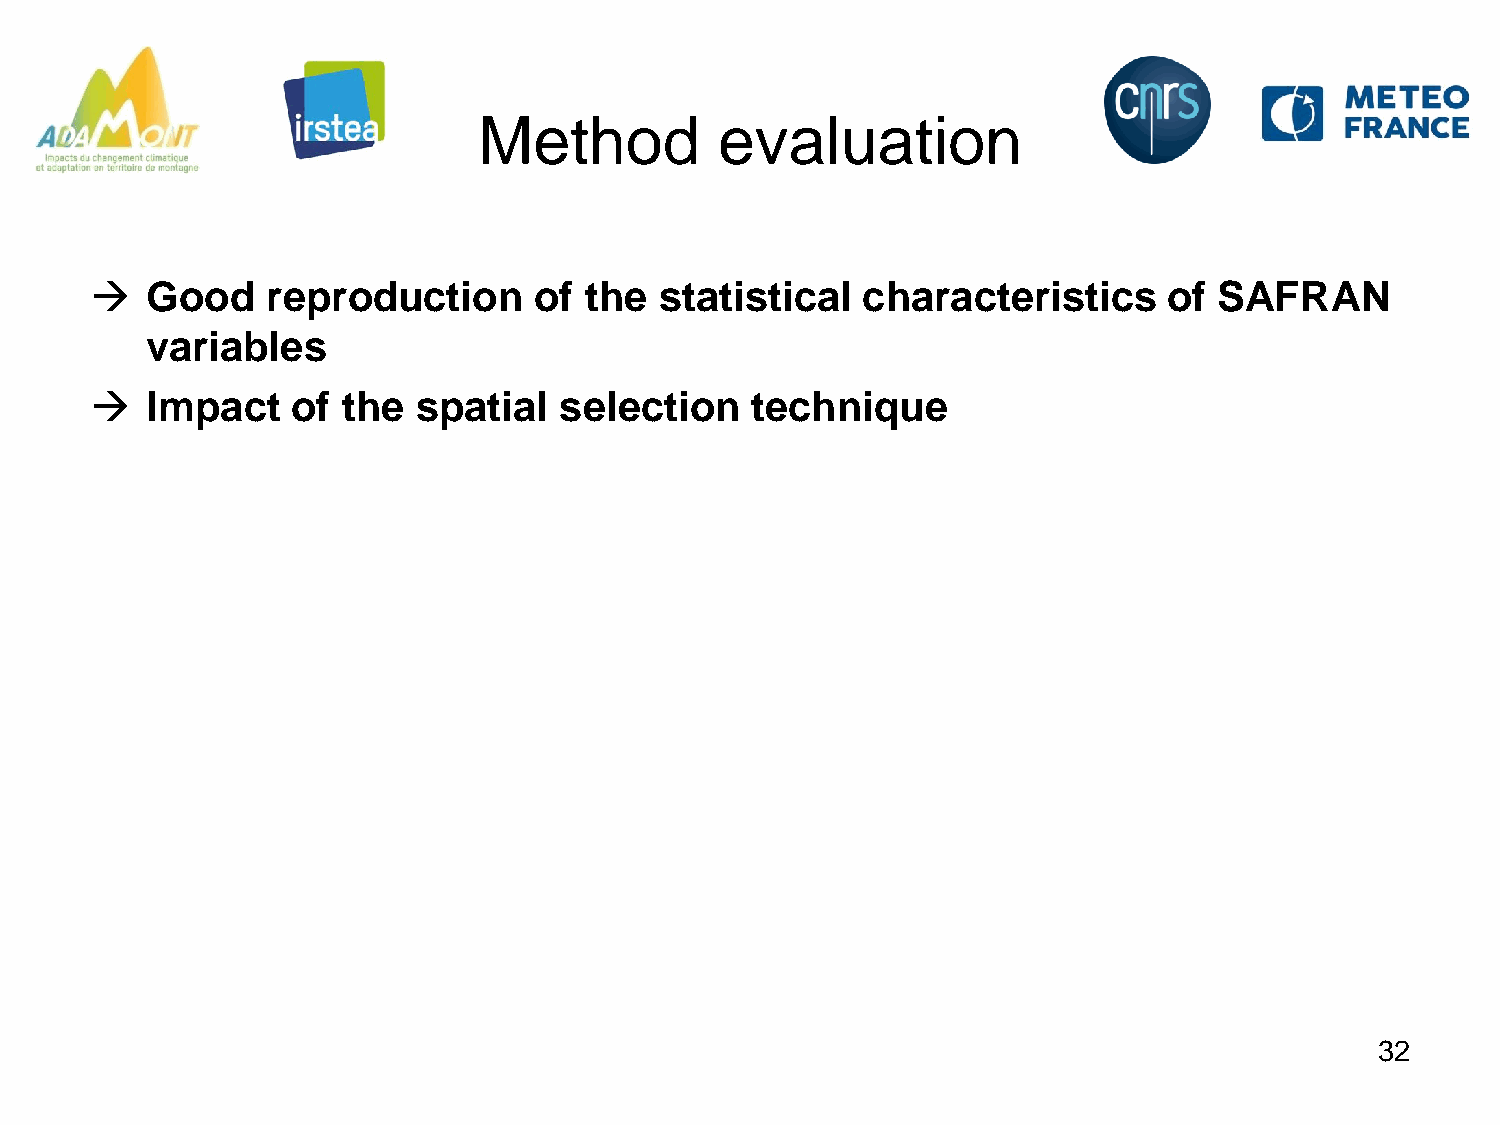
Method          evaluation
    Good    reproduction     of  the  statistical  characteristics     of  SAFRAN
 variables
    Impact   of  the  spatial  selection    technique
 32